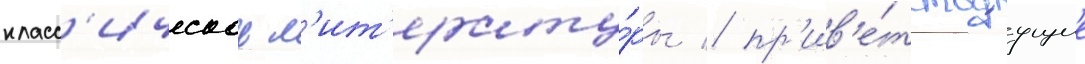
класс'ическои л'ит'ерату́ры / пр'ив'е́тствуущие